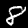
Label: 8